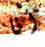
أنا